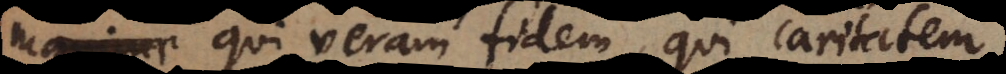
maxime qui veram fidem, qui caritatem